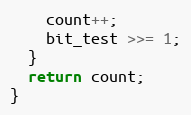
Language: C++
    count++;
    bit_test >>= 1;
  }
  return count;
}